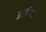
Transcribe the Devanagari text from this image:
प्रशंग्षा